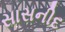
સાસનીદ